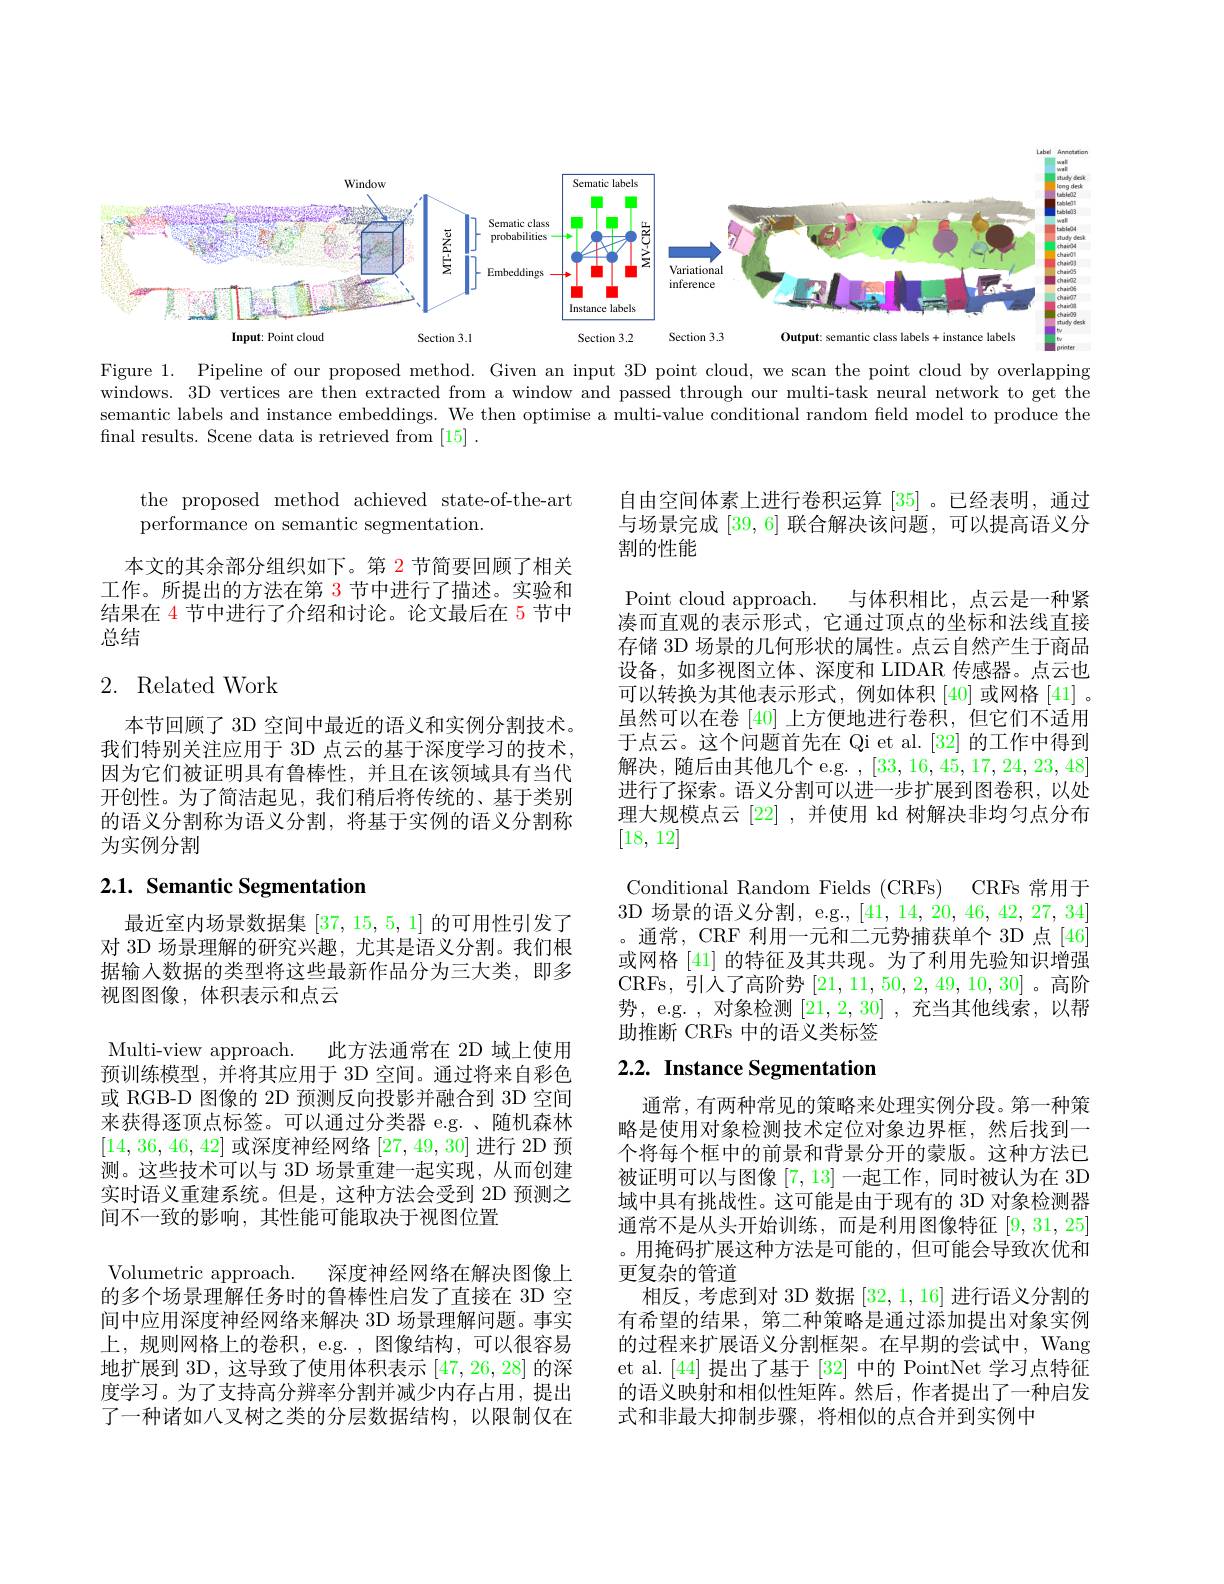
<FigureHere>

Figure 1. Pipeline of our proposed method. Given an input 3D point cloud, we scan the point cloud by overlapping windows. 3D vertices are then extracted from a window and passed through our multi-task neural network to get the semantic labels and instance embeddings. We then optimise a multi-value conditional random field model to produce the final results. Scene data is retrieved from [15].

the proposed method achieved state-of-the-art
performance on semantic segmentation.

自由空间体素上进行卷积运算[35] 。已经表明，通过与场景完成[39,6]联合解决该问题，可以提高语义分割的性能

本文的其余部分组织如下。第 2 节简要回顾了相关工作。所提出的方法在第 3 节中进行了描述。实验和结果在 4 节中进行了介绍和讨论。论文最后在 5 节中总结

## 2. Related Work

与体积相比，点云是一种紧
Point cloud approach.
凑而直观的表示形式，它通过顶点的坐标和法线直接存储 3D 场景的几何形状的属性。点云自然产生于商品设备，如多视图立体、深度和 LIDAR 传感器。点云也可以转换为其他表示形式，例如体积[40]或网格 [41] 。虽然可以在卷[40] 上方便地进行卷积，但它们不适用于点云。这个问题首先在 Qi et al.[32] 的工作中得到解决，随后由其他几个 e.g. ,[33,16,45,17,24,23,48] 进行了探索。语义分割可以进一步扩展到图卷积，以处理大规模点云[22] ,并使用 kd 树解决非均匀点分布[18,12]
Conditional Random Fields (CRFs) CRFs 常用于3D 场景的语义分割，e.g., [41,14,20,46,42,27,34] 。通常，CRF 利用一元和二元势捕获单个 3D 点[46] 或网格 [41] 的特征及其共现。为了利用先验知识增强CRFs, 引人了高阶势[21,11,50,2,49,10,30]。高阶势，e.g. ,对象检测[21,2,30],充当其他线索，以帮助推断 CRFs 中的语义类标签2.2. Instance Segmentation

本节回顾了 3D 空间中最近的语义和实例分割技术。我们特别关注应用于 3D 点云的基于深度学习的技术， 因为它们被证明具有鲁棒性，并且在该领域具有当代开创性。为了简洁起见，我们稍后将传统的、基于类别的语义分割称为语义分割，将基于实例的语义分割称为实例分割

# $2. 1. \textbf{ Semantic Segmentation}$

最近室内场景数据集[37,15,5,1]的可用性引发了对 3D 场景理解的研究兴趣，尤其是语义分割。我们根据输入数据的类型将这些最新作品分为三大类，即多视图图像，体积表示和点云
Multi-view approach. 此方法通常在 2D 域上使用预训练模型，并将其应用于 3D 空间。通过将来自彩色或 RGB-D 图像的 2D 预测反向投影并融合到 3D 空间来获得逐顶点标签。可以通过分类器 e.g. 、随机森林[14,36,46,42]或深度神经网络[27,49,30]进行 2D 预测。这些技术可以与 3D 场景重建一起实现，从而创建实时语义重建系统。但是，这种方法会受到 2D 预测之间不一致的影响，其性能可能取决于视图位置
Volumetric approach. 深度神经网络在解决图像上的多个场景理解任务时的鲁棒性启发了直接在 3D 空间中应用深度神经网络来解决 3D 场景理解问题。事实上，规则网格上的卷积，e.g.,图像结构，可以很容易地扩展到 3D, 这导致了使用体积表示[47,26,28]的深度学习。为了支持高分辨率分割并减少内存占用，提出了一种诸如八叉树之类的分层数据结构，以限制仅在

通常，有两种常见的策略来处理实例分段。第一种策略是使用对象检测技术定位对象边界框，然后找到一个将每个框中的前景和背景分开的蒙版。这种方法已被证明可以与图像[7,13]一起工作，同时被认为在 3D 域中具有挑战性。这可能是由于现有的 3D 对象检测器通常不是从头开始训练，而是利用图像特征[9,31,25] 。用掩码扩展这种方法是可能的，但可能会导致次优和更复杂的管道
相反，考虑到对 3D 数据[32,1,16]进行语义分割的有希望的结果，第二种策略是通过添加提出对象实例的过程来扩展语义分割框架。在早期的尝试中，Wang et al.[44]提出了基于[32]中的 PointNet 学习点特征的语义映射和相似性矩阵。然后，作者提出了一种启发式和非最大抑制步骤，将相似的点合并到实例中